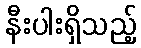
နီးပါးရှိသည့်